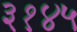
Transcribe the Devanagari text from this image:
३१४५